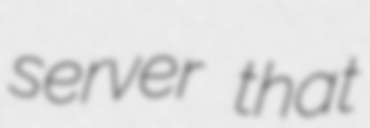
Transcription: server that